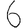
Digit: 6